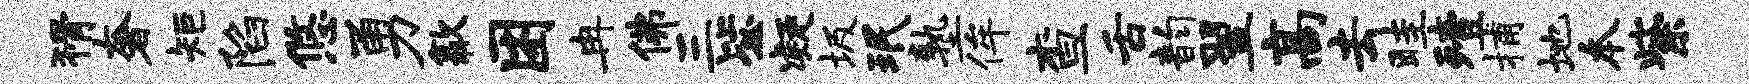
猾奢矩陷悠勇歙困冉佛三毖凝圾珉塾侔查舌韵翌高去畦殪捕地本紫